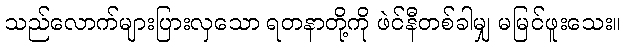
သည်လောက်များပြားလှသော ရတနာတို့ကို ဖဲင်နီတစ်ခါမျှ မမြင်ဖူးသေး။